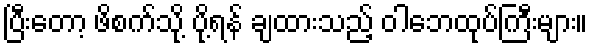
ပြီးတော့ ဖိစက်သို့ ပို့ရန် ချထားသည့် ဝါဘေထုပ်ကြီးများ။